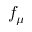
f _ { \mu }